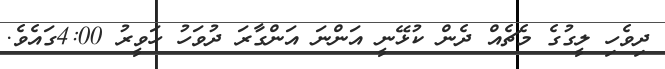
ދިވެހި ލީގުގެ މެޗެއް ދެން ކުޅޭނީ އަންނަ އަންގާރަ ދުވަހު ހަވީރު 4:00ގައެވެ.